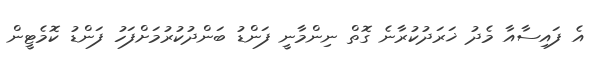
އެ ފައިސާއާ މެދު ޚަރަދުކުރާނެ ގޮތް ނިންމާނީ ފަންޑު ބަންދުކުރުމަށްފަހު ފަންޑު ކޮމެޓީން